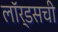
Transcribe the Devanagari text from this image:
लॉर्डसची